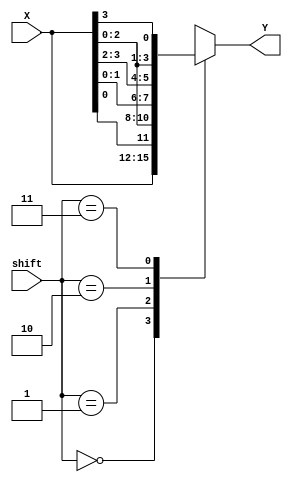
`timescale 1ns / 1ps
//////////////////////////////////////////////////////////////////////////////////
// Company: 
// Engineer: 
// 
// Design Name: 
// Module Name: barrel_shifter_4b
// Project Name: 
// Target Devices: 
// Tool Versions: 
// Description: 
// 
// Dependencies: 
// 
// Revision:
// Revision 0.01 - File Created
// Additional Comments:
// 
//////////////////////////////////////////////////////////////////////////////////


module barrel_shifter_4b(
    input [3:0] X,
    input [1:0] shift,
    output reg [3:0] Y
    );
    
    always @*
        case(shift)
            2'b00: Y = X;
            2'b01: Y = {X[0], X[2:0]};
            2'b10: Y = {X[1:0], X[3:2]};
            2'b11: Y = {X[2:0], X[3]};
        endcase
        
endmodule